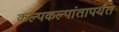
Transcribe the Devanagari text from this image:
कल्पकल्पांतापर्यंत